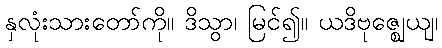
နှလုံးသားတော်ကို။ ဒိသွာ၊ မြင်၍။ ယဒိဗုဇ္ဈေယျ၊